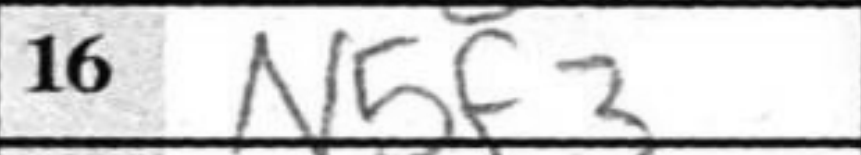
Transcription: N5f3